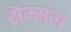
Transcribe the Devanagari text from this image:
सैम्संग